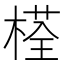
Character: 𣗎